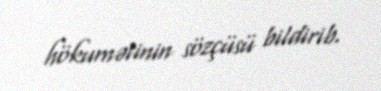
hökumətinin sözçüsü bildirib.